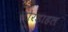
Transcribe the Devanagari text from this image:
नोरडाहल